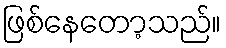
ဖြစ်နေတော့သည်။